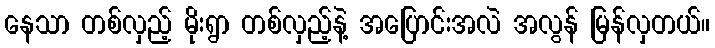
နေသာ တစ်လှည့် မိုးရွာ တစ်လှည့်နဲ့ အပြောင်းအလဲ အလွန် မြန်လှတယ်။